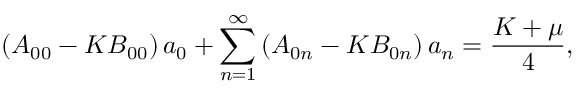
\left( A _ { 0 0 } - K B _ { 0 0 } \right) a _ { 0 } + \sum _ { n = 1 } ^ { \infty } \left( A _ { 0 n } - K B _ { 0 n } \right) a _ { n } = \frac { K + \mu } { 4 } ,